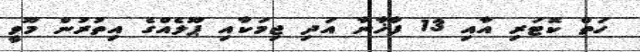
ހަތް ކޮޓަރި އާއި 13 ފާޚާނާ އަދި ޖިމަކާއި ޕޫލެއްގެ އިތުރުން މޫވީ